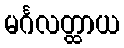
မင်္ဂလတ္ထာယ